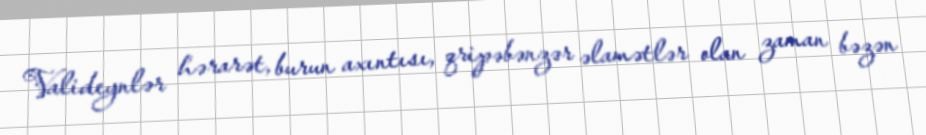
Valideynlər hərarət, burun axıntısı, qripəbənzər əlamətlər olan zaman bəzən